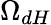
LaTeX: \Omega_{dH}